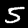
Label: 5